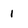
Character: 1